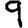
Digit: 9